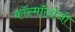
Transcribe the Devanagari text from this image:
कॉस्मॉलॉजी